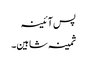
پس آئینہ
ثمینہ شاہین۔